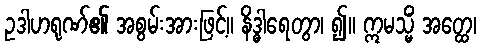
ဥဒါဟရုဏ်၏ အစွမ်းအားဖြင့်။ နိဒ္ဓါရေတွာ၊ ၍။ ဣမသ္မိံ အတ္ထေ၊